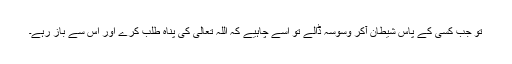
تو جب کسی کے پاس شیطان آکر وسوسہ ڈالے تو اسے چاہیے کہ اللہ تعالی کی پناہ طلب کرے اور اس سے باز رہے۔